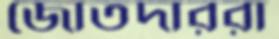
জোতদাররা